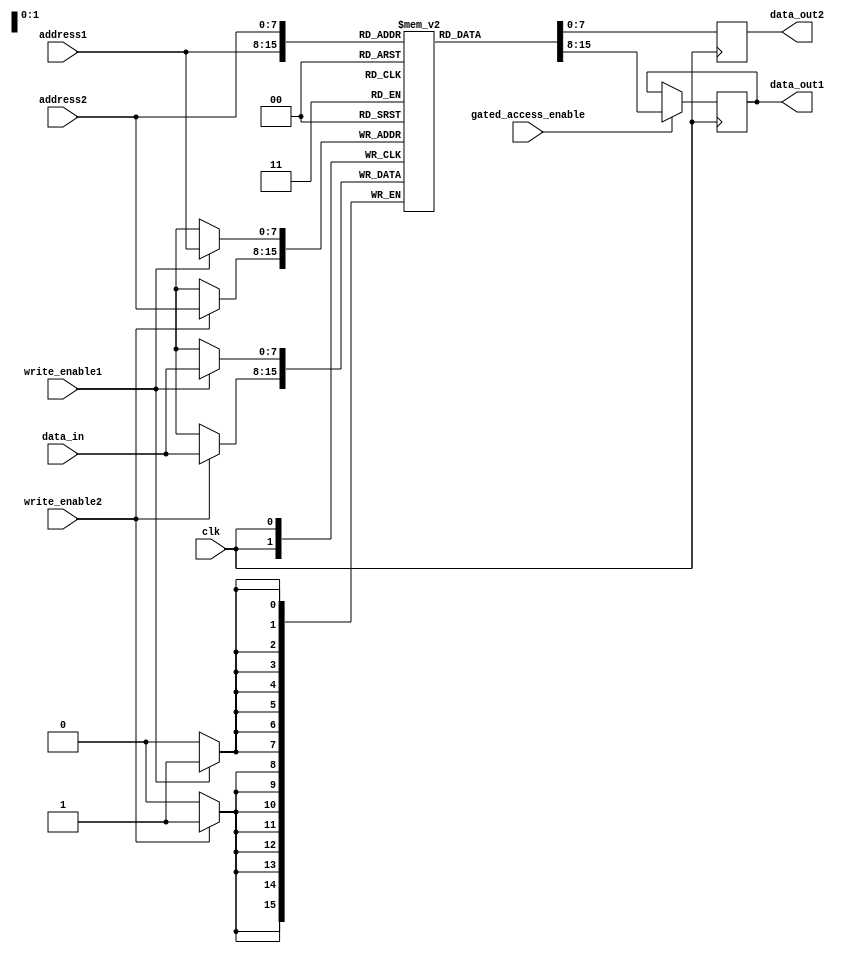
module dual_port_ram(
    input clk,
    input [7:0] address1,
    input [7:0] address2,
    input [7:0] data_in,
    input write_enable1,
    input write_enable2,
    input gated_access_enable,
    output reg [7:0] data_out1,
    output reg [7:0] data_out2
);

reg [7:0] memory [0:255];

always @(posedge clk) begin
    if(write_enable1)
        memory[address1] <= data_in;
    if(write_enable2)
        memory[address2] <= data_in;
end

always @(posedge clk) begin
    if(gated_access_enable)
        data_out1 <= memory[address1];
    data_out2 <= memory[address2];
end

endmodule